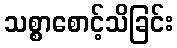
သစ္စာစောင့်သိခြင်း